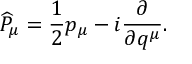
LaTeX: \widehat { P } _ { \mu } = \frac { 1 } { 2 } p _ { \mu } - i \frac { \partial } { \partial q ^ { \mu } } .